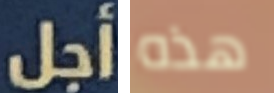
أجل هذه